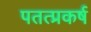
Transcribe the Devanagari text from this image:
पतत्प्रकर्ष